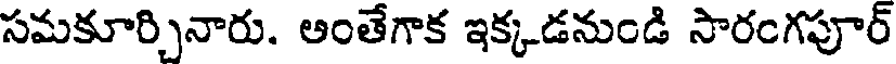
సమకూర్చినారు. అంతేగాక ఇక్కడనుండి సారంగపూర్